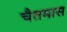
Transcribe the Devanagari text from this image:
चैतमास